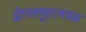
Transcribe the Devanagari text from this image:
द्वीपसमूहाजवळ